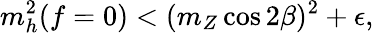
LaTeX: m_{h}^{2}(f=0)<(m_{Z}\cos 2\beta)^{2}+\epsilon,